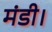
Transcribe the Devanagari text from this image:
मंडी।